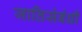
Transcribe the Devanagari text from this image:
जातिसंबंधी